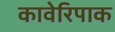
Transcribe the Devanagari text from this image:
कावेरिपाक